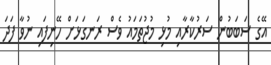
އޭގެ ސަބަބުން ސަރުކާރާއި މުޅި މުޖުތަމައު ވެސް ރަނގަޅަށް ހޭނިފައި ނުވާ ފަދަ